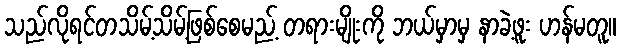
သည်လိုရင်တသိမ့်သိမ့်ဖြစ်စေမည့် တရားမျိုးကို ဘယ်မှာမှ နာခဲ့ဖူး ဟန်မတူ။